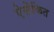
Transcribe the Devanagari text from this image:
ऐसेकित